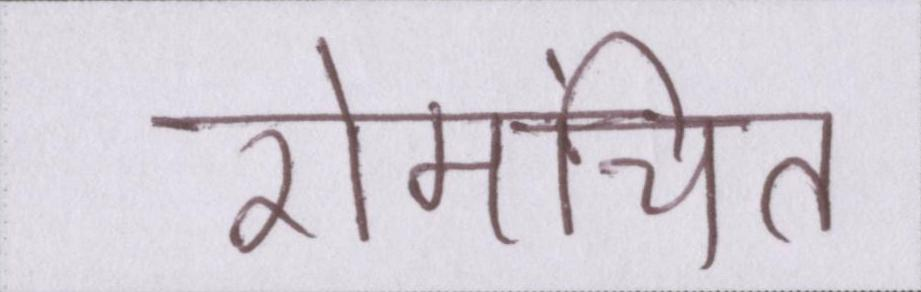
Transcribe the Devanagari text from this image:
रोमांचित